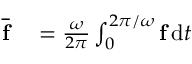
\begin{array} { r l } { \overline { { \mathbf { f } } } } & { { } = \frac { \omega } { 2 \pi } \int _ { 0 } ^ { 2 \pi / \omega } \mathbf { f } \, \mathrm { d } t } \end{array}